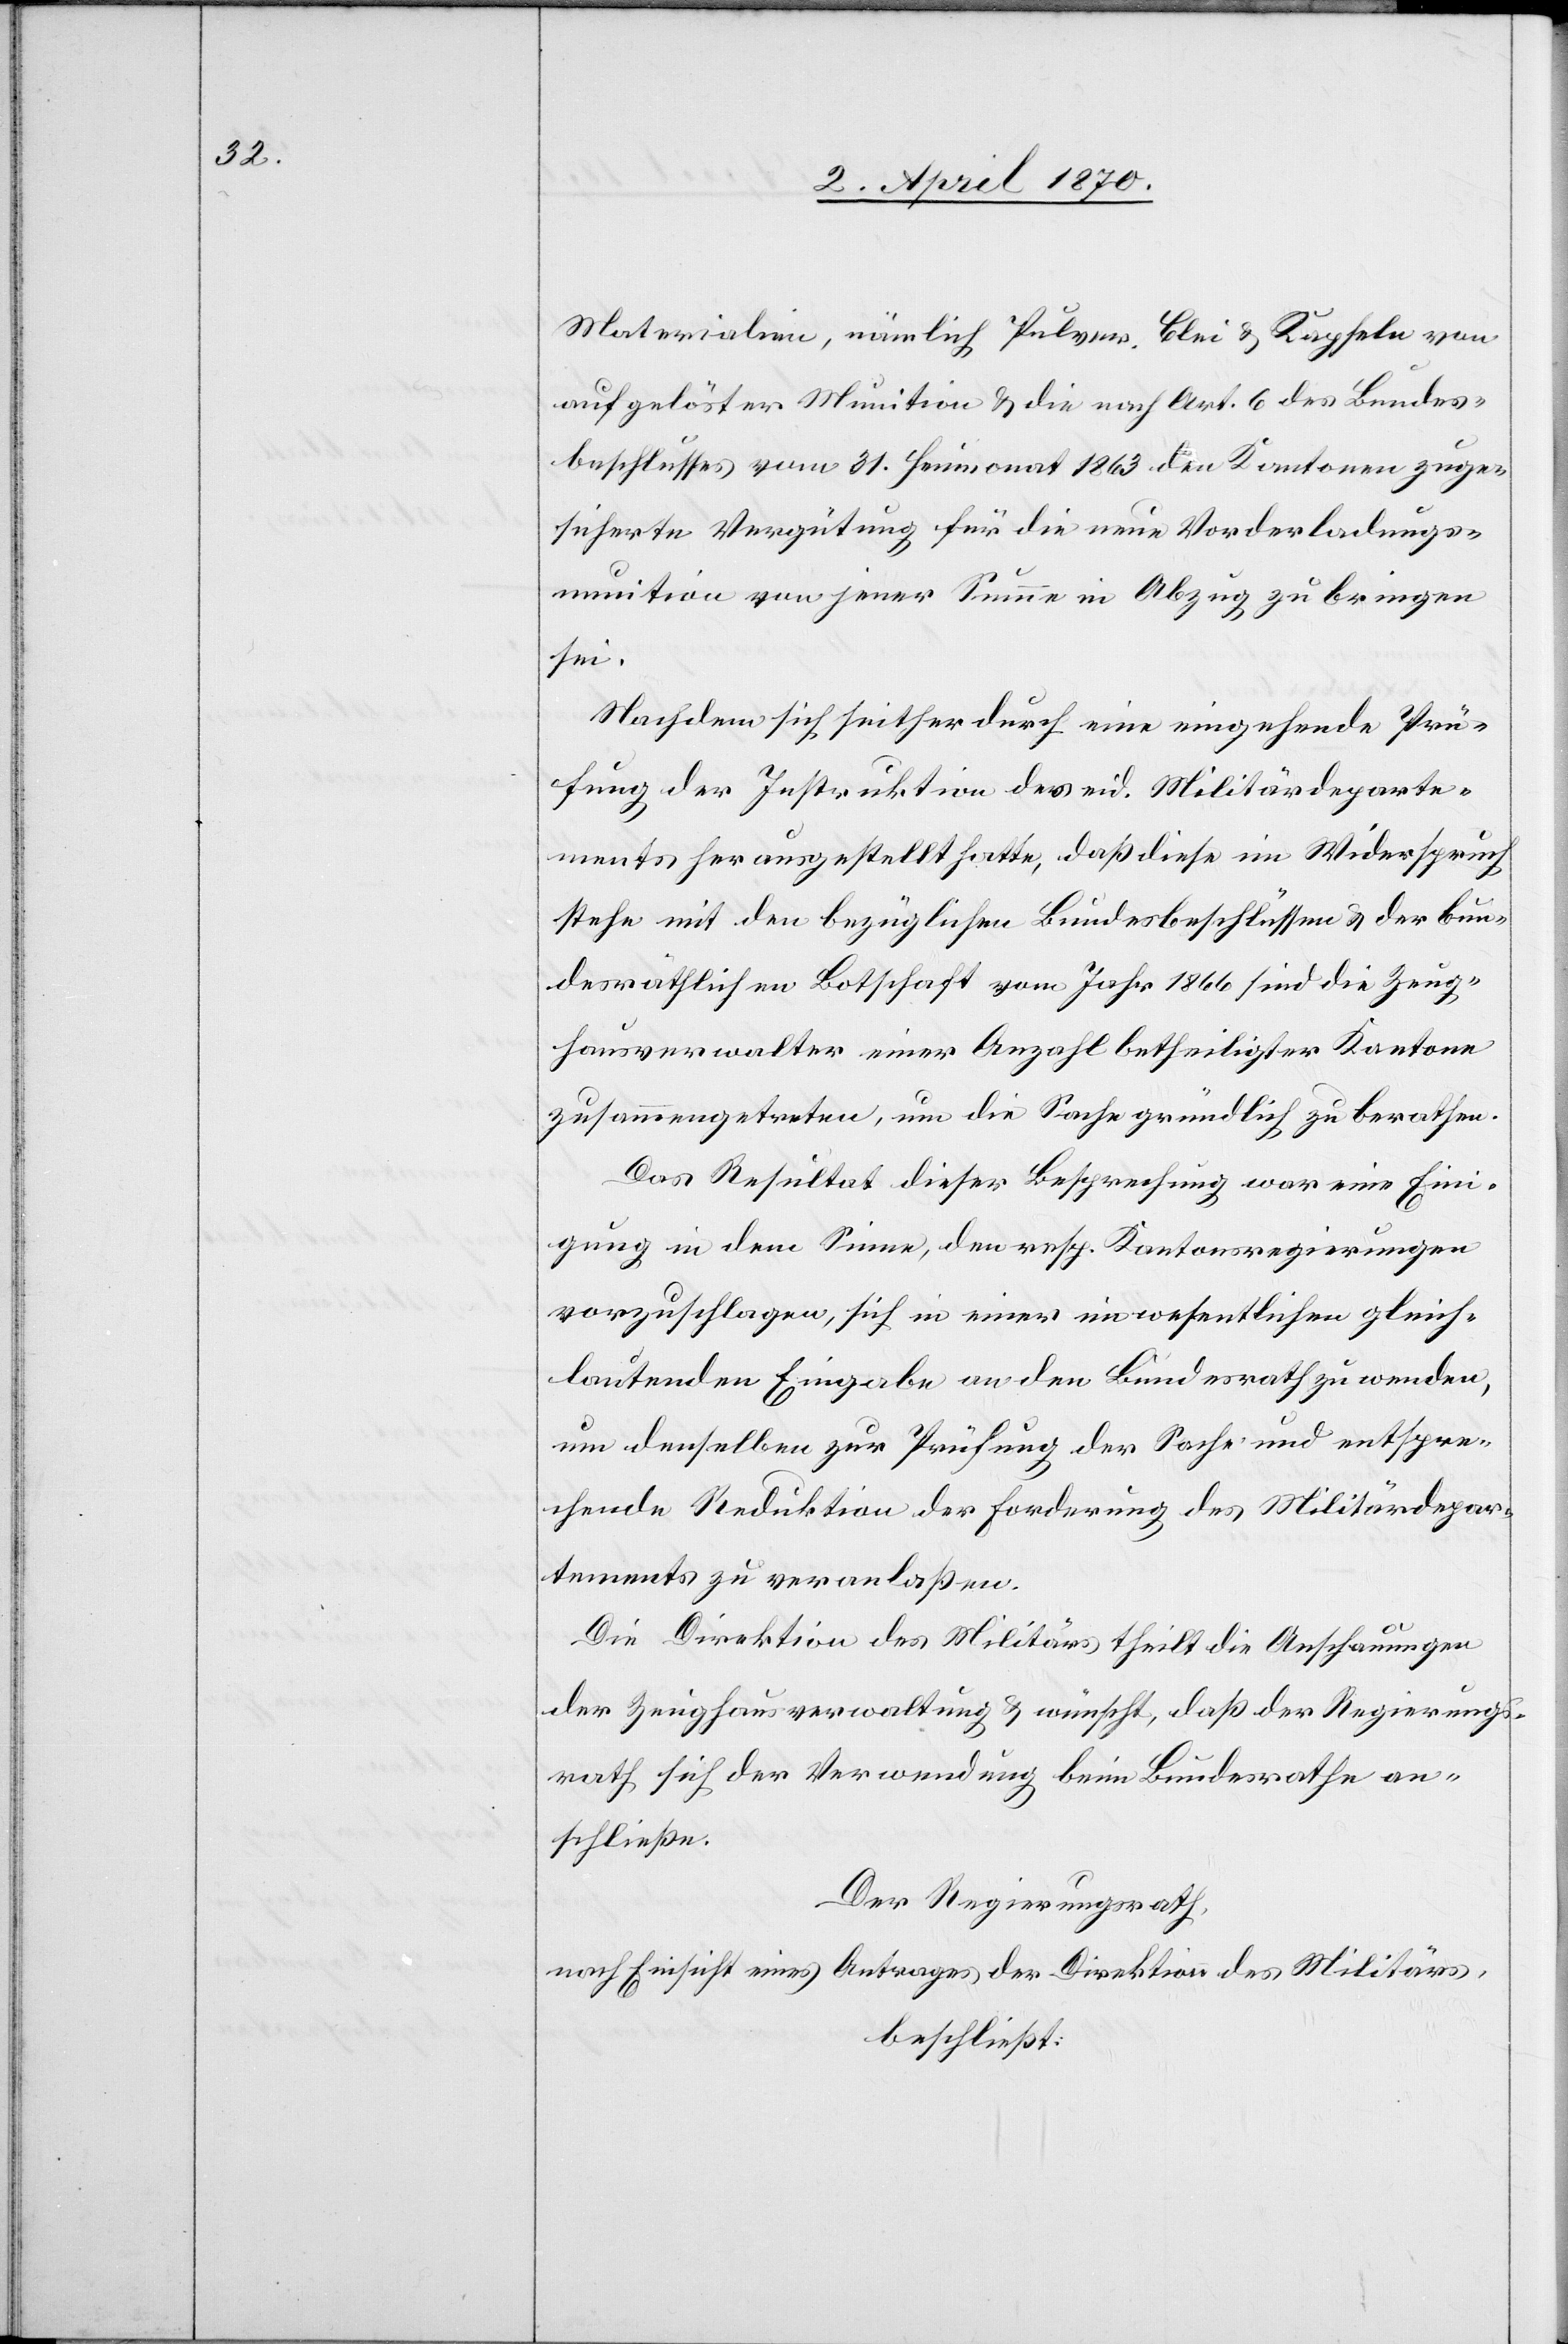
Materialien, nämlich Pulver, Blei & Kapseln von
aufgelöster Munition & die nach Art. 6 des Bundes¬
beschlusses vom 31. Heumonat 1863 den Kantonen zuge¬
sicherte Vergütung für die neue Vorderladungs¬
munition von jener Summe in Abzug zu bringen
sei.
Nachdem sich seither durch eine eingehende Prü¬
fung der Instruktion des eid. Militärdeparte¬
ments her ausgestellt hatte, daß diese im Widerspruch
stehe mit den bezüglichen Bundesbeschlüssen & der bun¬
desräthlichen Botschaft vom Jahr 1866 sind die Zeug¬
hausverwalter einer Anzahl betheiligter Kantone
zusammengetreten, um die Sache gründlich zu berathen.
Das Resultat dieser Besprechung war eine Eini¬
gung in dem Sinne, den resp. Kantonsregierungen
vorzuschlagen, sich in einer unwesentlichen gleich¬
lautenden Eingabe an den Bundesrath zu wenden,
um denselben zur Prüfung der Sache und entspre¬
chende Reduktion der Forderung des Militärdepar¬
tements zu veranlaßen.
Die Direktion des Militärs theilt die Anschauungen
der Zeughausverwaltung & wünscht, daß der Regierungs¬
rath sich der Verwendung beim Bundesrathe an¬
schließe.
Der Regierungsrath,
nach Einsicht eines Antrages der Direktion des Militärs,
beschließt: